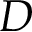
D